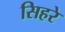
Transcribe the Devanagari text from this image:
सिहरे